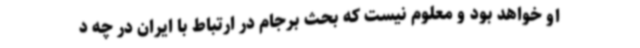
او خواهد بود و معلوم نیست که بحث برجام در ارتباط با ایران در چه د